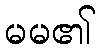
မမ၏